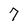
Character: 7